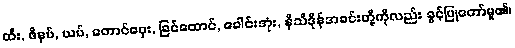
ထီး, ဖိနပ်, ယပ်, တောင်ဝှေး, ခြင်ထောင်, ခေါင်းအုံး, နိသီဒိုန်အခင်းတို့ကိုလည်း ခွင့်ပြုတော်မူ၏၊